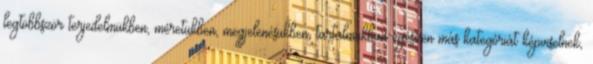
legtöbbször terjedelmükben, méretükben, megjelenésükben, tartalmukban egészen más kategóriát képviselnek,